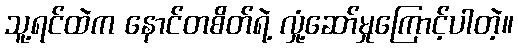
သူ့ရင်ထဲက နောင်တစိတ်ရဲ့ လှုံ့ဆော်မှုကြောင့်ပါတဲ့။